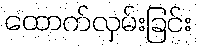
ထောက်လှမ်းခြင်း